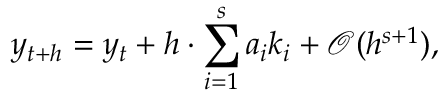
y _ { t + h } = y _ { t } + h \cdot \sum _ { i = 1 } ^ { s } a _ { i } k _ { i } + { \mathcal { O } } ( h ^ { s + 1 } ) ,